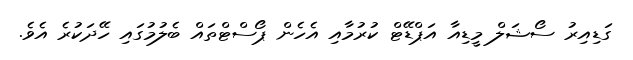
ގަޑިއިރު ސޯޝަލް މީޑިއާ އަޕްޑޭޓް ކުރުމާއި އެހެން ޕޯސްޓްތައް ބެލުމުގައި ހޭދަކުރެ އެވެ.